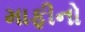
માફીનો